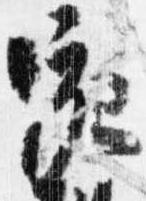
咳